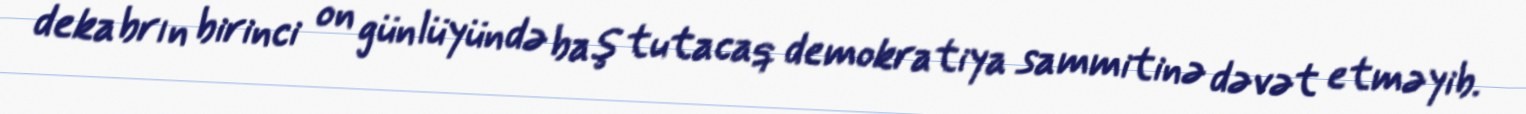
dekabrın birinci on günlüyündə baş tutacaq demokratiya sammitinə dəvət etməyib.